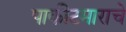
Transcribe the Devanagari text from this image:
पाकीटमाराचे